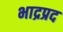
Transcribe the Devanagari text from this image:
भाद्रप्रद